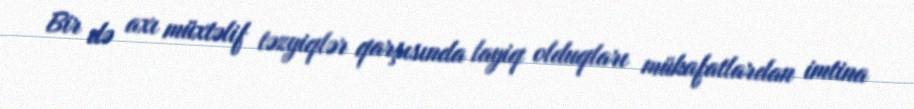
Bir də axı müxtəlif təzyiqlər qarşısında layiq olduqları mükafatlardan imtina